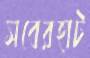
সবেরহাট